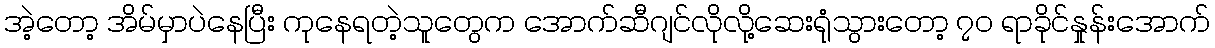
အဲ့တော့ အိမ်မှာပဲနေပြီး ကုနေရတဲ့သူတွေက အောက်ဆီဂျင်လိုလို့ဆေးရုံသွားတော့ ၇၀ ရာခိုင်နှုန်းအောက်